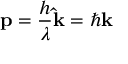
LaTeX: \mathbf { p } = { \frac { h } { \lambda } } \mathbf { \hat { k } } = \hbar \mathbf { k }